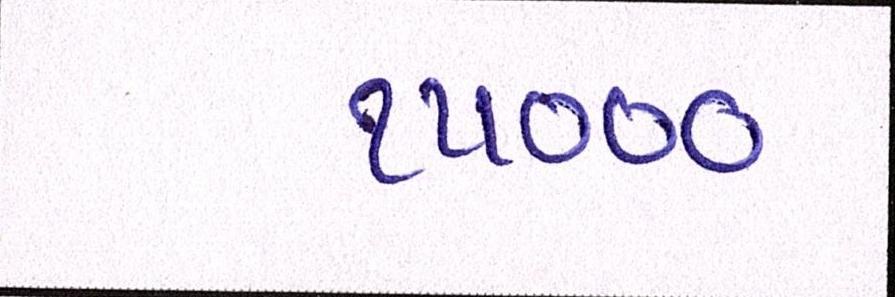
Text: ૧૫૦૦૦